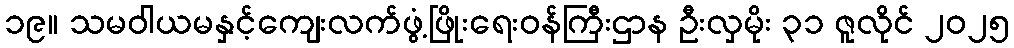
၁၉။ သမဝါယမနှင့်ကျေးလက်ဖွံ့ဖြိုးရေးဝန်ကြီးဌာန ဦးလှမိုး ၃၁ ဇူလိုင် ၂၀၂၅